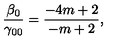
{ \frac { \beta _ { 0 } } { \gamma _ { 0 0 } } } = { \frac { - 4 m + 2 } { - m + 2 } } ,